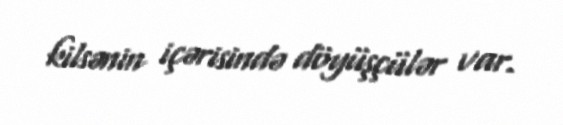
kilsənin içərisində döyüşçülər var.